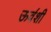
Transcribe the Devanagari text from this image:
ऊव॔शी